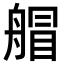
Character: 艒